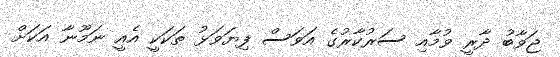
ޖަވާބު ދާރީ ވުމާއި ސަރުކާރުގެ އަވަސް ފިޔަވަޅު ތަކަކީ އެއީ ނަމޫނާ އަކަށް